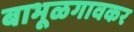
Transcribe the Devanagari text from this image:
बाभूळगावकर